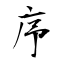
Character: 序